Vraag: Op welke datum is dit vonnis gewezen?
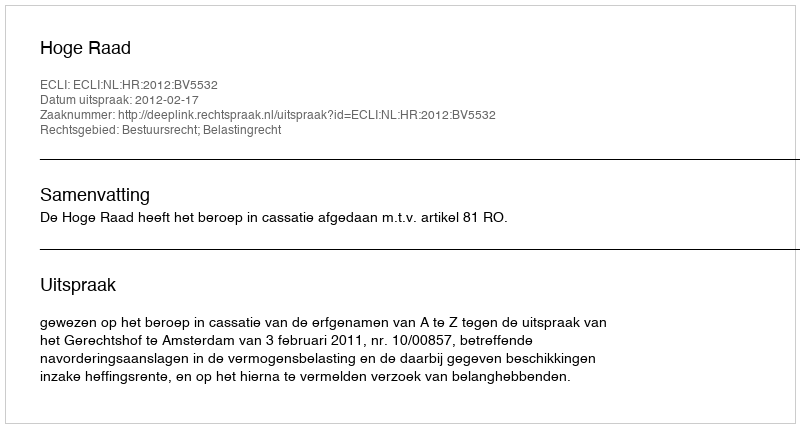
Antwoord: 2012-02-17